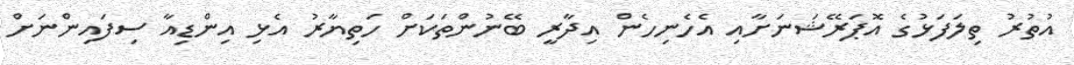
އުތުރު ތިލަފަޅުގެ އޮޕަރޭޝަނަށާއި އެހެނިހެން އިދާރީ ބޭނުންތަކަށް ހަތިޔާރު އެޅި އިންޑިއާ ސިފަައިިންނަށް